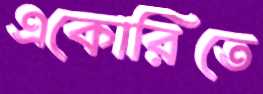
একোরিতে